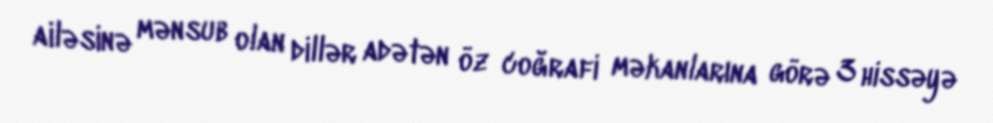
ailəsinə mənsub olan dillər adətən öz coğrafi məkanlarına görə 3 hissəyə